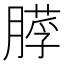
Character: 𦟵